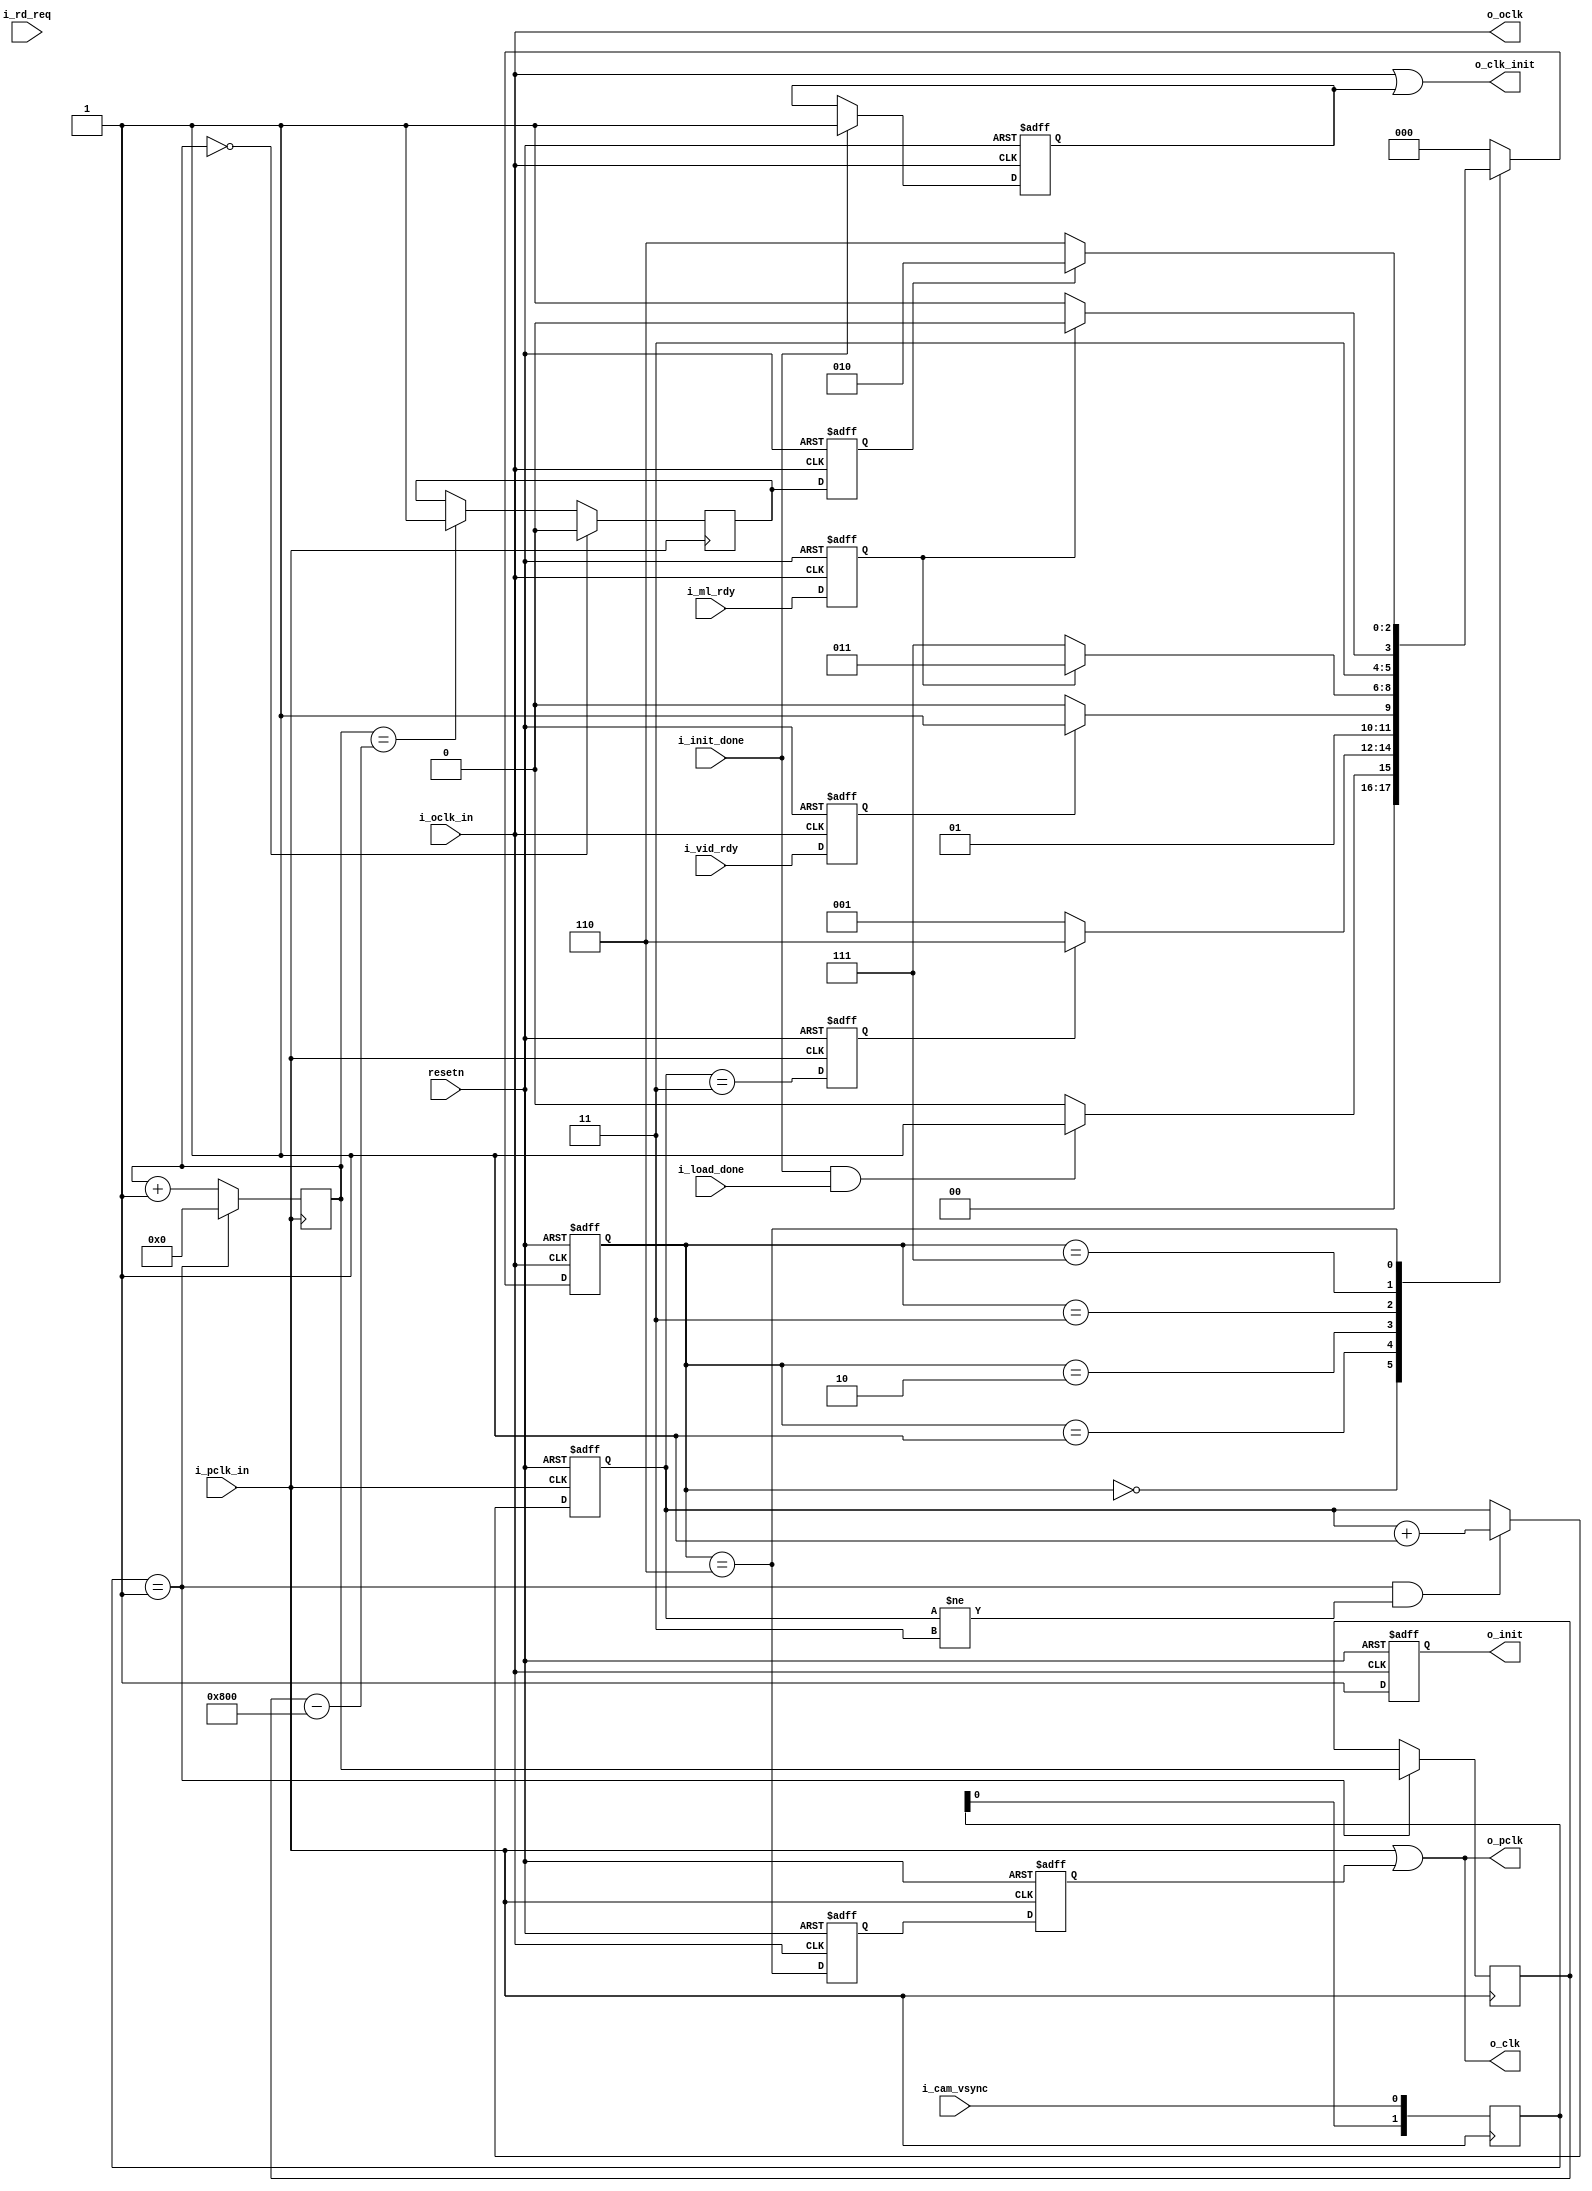

module ice40_himax_signdet_clkgen (
input		i_oclk_in  ,
input           i_pclk_in  ,

input           i_init_done,
input           i_cam_vsync,
input           i_load_done,
input           i_ml_rdy   ,
input           i_vid_rdy  ,
input           i_rd_req   ,

output reg   	o_init     ,
output          o_oclk     ,
output          o_clk      ,
output          o_pclk     ,
output          o_clk_init ,

input		resetn     
);

parameter EN_CLKMASK    = 1'b1;
parameter EN_SINGLE_CLK = 1'b1;

parameter	[2:0]
	    S_WAIT_INIT    = 3'b000,
	    S_WAIT_FRAME   = 3'b001,
	    S_WAIT_VID     = 3'b010,
	    S_WAIT_ML_RUN  = 3'b011,
	    S_WAIT_ML_DONE = 3'b111,
	    S_WAIT_BUDGET  = 3'b110;

wire		g_pclk;
wire		g_clk;
wire		w_clk; // GB output
wire		g_clk_init;

reg 	[1:0]	vsync_d;
reg	[21:0]	pclk_cnt;
reg	[21:0]	vsync_period;
reg		pre_video;

reg	[1:0]	frame_cnt;
reg		frame_done;

always @(posedge i_pclk_in)
begin
    vsync_d = {vsync_d[0], i_cam_vsync};
end

always @(posedge i_pclk_in)
begin
    if(vsync_d == 2'b01)
	pclk_cnt <= 22'b0;
    else 
	pclk_cnt <= pclk_cnt + 22'd1;
end

always @(posedge i_pclk_in)
begin
    if(vsync_d == 2'b01)
	vsync_period <= pclk_cnt;
end

always @(posedge i_pclk_in)
begin
    if(pclk_cnt == 22'd0)
	pre_video <= 1'b0;
    else if(pclk_cnt == (vsync_period - 22'd2048))
	pre_video <= 1'b1;
end

always @(posedge i_pclk_in or negedge resetn)
begin
    if(resetn == 1'b0)
	frame_cnt <= 2'b0;
    else if((vsync_d == 2'b01) && frame_cnt != 2'b11)
	frame_cnt <= frame_cnt + 2'd1;
end

always @(posedge i_pclk_in or negedge resetn)
begin
    if(resetn == 1'b0)
	frame_done <= 1'b0;
    else
	frame_done <= (frame_cnt == 2'b11);
end

generate if(EN_CLKMASK == 1'b1)
begin: g_on_en_clkmask
    reg		init_mask;
    reg		core_mask;
    reg		vid_mask;
    reg		pre_video_lat;
    reg		vid_rdy_lat;
    reg		ml_rdy_lat;
    reg         rd_req_lat;

    reg		vid_mask_pclk;

    reg	[2:0]	state;
    reg	[2:0]	nstate;

    always @(posedge o_oclk or negedge resetn)
    begin
	if(resetn == 1'b0)
	    state <= S_WAIT_INIT;
	else
	    state <= nstate;
    end

    always @(*)
    begin
	case(state)
	    S_WAIT_INIT:
		nstate <= ((i_init_done == 1'b1) && (i_load_done == 1'b1)) ? S_WAIT_FRAME : S_WAIT_INIT;
	    S_WAIT_FRAME:
		nstate <= frame_done ? S_WAIT_BUDGET : S_WAIT_FRAME;
	    S_WAIT_VID:
		nstate <= vid_rdy_lat ? S_WAIT_ML_RUN : S_WAIT_VID;
	    S_WAIT_ML_RUN:
		nstate <= ml_rdy_lat ? S_WAIT_ML_RUN : S_WAIT_ML_DONE;
	    S_WAIT_ML_DONE:
		nstate <= ml_rdy_lat ? S_WAIT_BUDGET : S_WAIT_ML_DONE;
	    S_WAIT_BUDGET:
		nstate <= pre_video_lat ? S_WAIT_VID : S_WAIT_BUDGET;
	    default:
		nstate <= S_WAIT_INIT ;
	endcase
    end

    always @(posedge o_oclk or negedge resetn)
    begin
	if(resetn == 1'b0)
	    init_mask <= 1'b0;
	else if(i_init_done)
	    init_mask <= 1'b1;
    end

    always @(posedge o_oclk or negedge resetn)
    begin
	if(resetn == 1'b0)
	    core_mask <= 1'b0;
	else 
	    core_mask <= (state == S_WAIT_BUDGET) || ((state == S_WAIT_VID) && (!rd_req_lat));
    end

    always @(posedge o_oclk or negedge resetn)
    begin
	if(resetn == 1'b0)
	    vid_mask <= 1'b0;
	else if(EN_SINGLE_CLK == 1'b1)
	    vid_mask <= (state == S_WAIT_BUDGET);
	else
	    vid_mask <= (state == S_WAIT_BUDGET) || (state == S_WAIT_ML_DONE);
    end

    always @(posedge o_oclk or negedge resetn)
    begin
	if(resetn == 1'b0) begin
	    pre_video_lat <= 1'b0;
	    vid_rdy_lat   <= 1'b0;
	    ml_rdy_lat    <= 1'b0;
	    rd_req_lat    <= 1'b0;
	end else begin
	    pre_video_lat <= pre_video;
	    vid_rdy_lat   <= i_vid_rdy;
	    ml_rdy_lat    <= i_ml_rdy;
	    rd_req_lat    <= i_rd_req;
	end
    end

    always @(posedge i_pclk_in or negedge resetn)
    begin
	if(resetn == 1'b0)
	    vid_mask_pclk <= 1'b0;
	else
	    vid_mask_pclk <= vid_mask;
    end

    assign g_pclk     = i_pclk_in | vid_mask_pclk;
    assign g_clk      = o_oclk    | core_mask;
    assign g_clk_init = o_oclk    | init_mask;
    assign o_clk_init = g_clk_init;
    assign w_clk = g_clk;

end 
else
begin
    assign g_pclk     = i_pclk_in;
    assign w_clk      = o_oclk   ;
    assign o_clk_init = o_oclk   ;
end
endgenerate

assign o_oclk = i_oclk_in;
assign o_pclk = g_pclk;

generate if(EN_SINGLE_CLK)
begin: g_on_en_single_clk
    assign o_clk = o_pclk;
end
else
begin
    assign o_clk = w_clk;
end
endgenerate

always @(posedge o_oclk or negedge resetn)
begin
    if(resetn == 1'b0)
	o_init <= 1'b0;
    else 
	o_init <= 1'b1;
end

endmodule